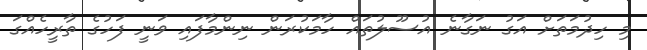
މި ހިދުމަތަށް އަގު ނަގާނެ އުސޫލުތައް ހާމަކުރަން ނިންމާފައި ވަނީ ފަހުގެ ތާރީހެއްގަ